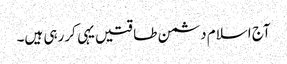
آج اسلام دشمن طاقتیں یہی کررہی ہیں۔